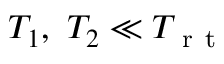
T _ { 1 } , \ T _ { 2 } \ll T _ { \mathrm { ~ r ~ t ~ } }